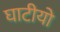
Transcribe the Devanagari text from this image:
घाटीयो